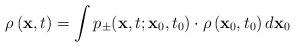
LaTeX: \begin{align*}\rho \left( {\bf x},t\right) =\int p_{\pm }({\bf x},t;{\bf x}_0,t_0)\cdot\rho \left( {\bf x}_0,t_0\right) d{\bf x}_0\end{align*}